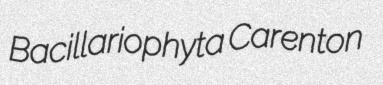
Bacillariophyta Carenton